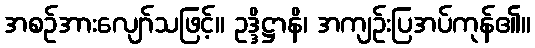
အစဉ်အားလျော်သဖြင့်။ ဥဒ္ဒိဋ္ဌာနိ၊ အကျဉ်းပြအပ်ကုန်၏။